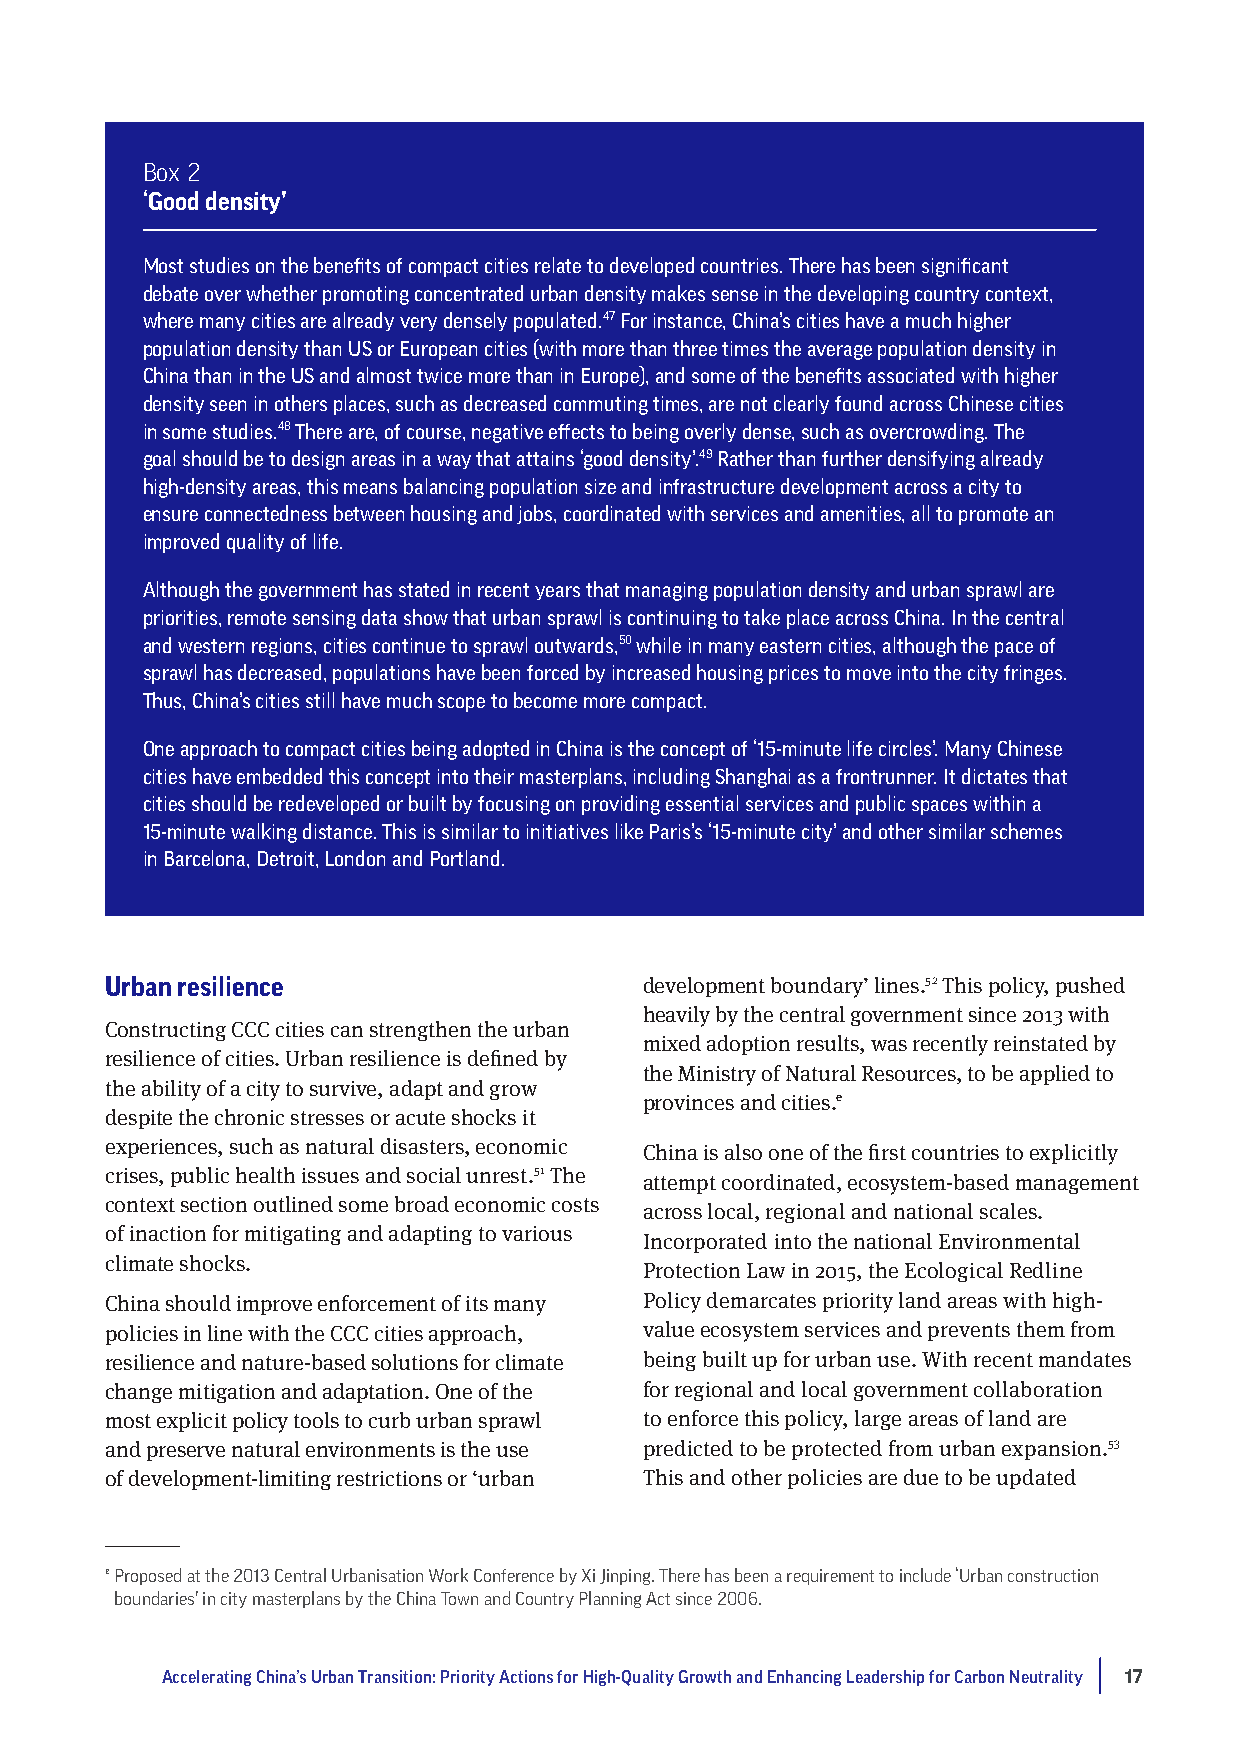
Box 2
 ‘Good density’
 Most studies on the benefits of compact cities relate to developed countries. There has been significant
 debate over whether promoting concentrated urban density makes sense in the developing country context,
 where many cities are already very densely populated.47 For instance, China’s cities have a much higher
 population density than US or European cities (with more than three times the average population density in
 China than in the US and almost twice more than in Europe), and some of the benefits associated with higher
 density seen in others places, such as decreased commuting times, are not clearly found across Chinese cities
 in some studies.48 There are, of course, negative effects to being overly dense, such as overcrowding. The
 goal should be to design areas in a way that attains ‘good density’.49 Rather than further densifying already
 high-density areas, this means balancing population size and infrastructure development across a city to
 ensure connectedness between housing and jobs, coordinated with services and amenities, all to promote an
 improved quality of life.
 Although the government has stated in recent years that managing population density and urban sprawl are
 priorities, remote sensing data show that urban sprawl is continuing to take place across China. In the central
 and western regions, cities continue to sprawl outwards,50 while in many eastern cities, although the pace of
 sprawl has decreased, populations have been forced by increased housing prices to move into the city fringes.
 Thus, China’s cities still have much scope to become more compact.
 One approach to compact cities being adopted in China is the concept of ‘15-minute life circles’. Many Chinese
 cities have embedded this concept into their masterplans, including Shanghai as a frontrunner. It dictates that
 cities should be redeveloped or built by focusing on providing essential services and public spaces within a
 15-minute walking distance. This is similar to initiatives like Paris’s ‘15-minute city’ and other similar schemes
 in Barcelona, Detroit, London and Portland.
 Urban resilience                    development boundary’ lines.52 This policy, pushed
 heavily by the central government since 2013 with
 Constructing CCC cities can strengthen the urban
 mixed adoption results, was recently reinstated by
 resilience of cities. Urban resilience is defined by
 the Ministry of Natural Resources, to be applied to
 the ability of a city to survive, adapt and grow
 provinces and cities.e
 despite the chronic stresses or acute shocks it
 experiences, such as natural disasters, economic China is also one of the first countries to explicitly
 crises, public health issues and social unrest.51 The
 attempt coordinated, ecosystem-based management
 context section outlined some broad economic costs
 across local, regional and national scales.
 of inaction for mitigating and adapting to various
 Incorporated into the national Environmental
 climate shocks.
 Protection Law in 2015, the Ecological Redline
 China should improve enforcement of its many Policy demarcates priority land areas with high-
 policies in line with the CCC cities approach, value ecosystem services and prevents them from
 resilience and nature-based solutions for climate being built up for urban use. With recent mandates
 change mitigation and adaptation. One of the for regional and local government collaboration
 most explicit policy tools to curb urban sprawl to enforce this policy, large areas of land are
 and preserve natural environments is the use predicted to be protected from urban expansion.53
 of development-limiting restrictions or ‘urban This and other policies are due to be updated
 e Proposed at the 2013 Central Urbanisation Work Conference by Xi Jinping. There has been a requirement to include ‘Urban construction
 boundaries’ in city masterplans by the China Town and Country Planning Act since 2006.
 Accelerating China’s Urban Transition: Priority Actions for High-Quality Growth and Enhancing Leadership for Carbon Neutrality 17